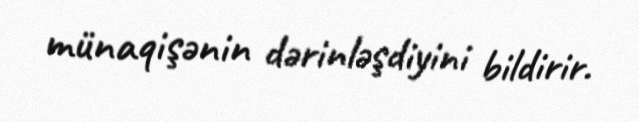
münaqişənin dərinləşdiyini bildirir.